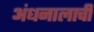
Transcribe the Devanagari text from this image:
अंधनालाची